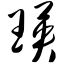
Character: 瑛